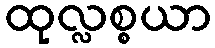
ထုလ္လစ္စယာ